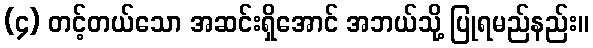
(၄) တင့်တယ်သော အဆင်းရှိအောင် အဘယ်သို့ ပြုရမည်နည်း။